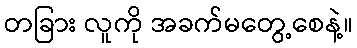
တခြား လူကို အခက်မတွေ့စေနဲ့။